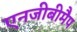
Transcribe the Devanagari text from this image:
एनजीबीमैप